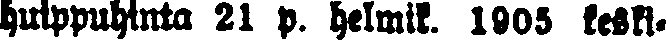
huippuhinta 21 p. helmik. 1905 keski-